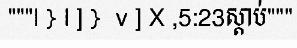
"""l } l ] }  v ] X ,5:23ស្តាប់"""